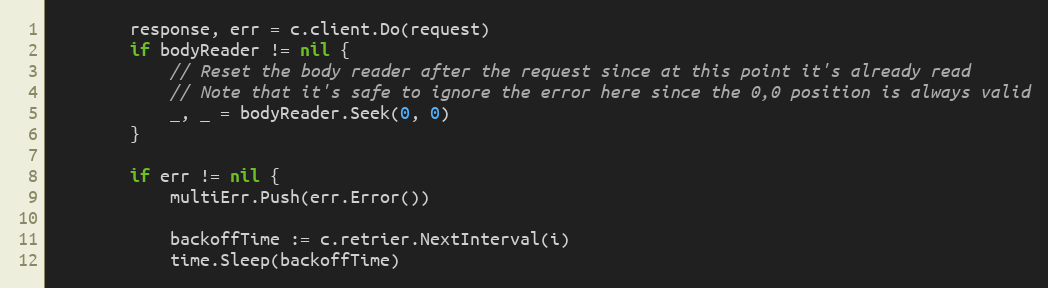
Language: Go
		response, err = c.client.Do(request)
		if bodyReader != nil {
			// Reset the body reader after the request since at this point it's already read
			// Note that it's safe to ignore the error here since the 0,0 position is always valid
			_, _ = bodyReader.Seek(0, 0)
		}

		if err != nil {
			multiErr.Push(err.Error())

			backoffTime := c.retrier.NextInterval(i)
			time.Sleep(backoffTime)